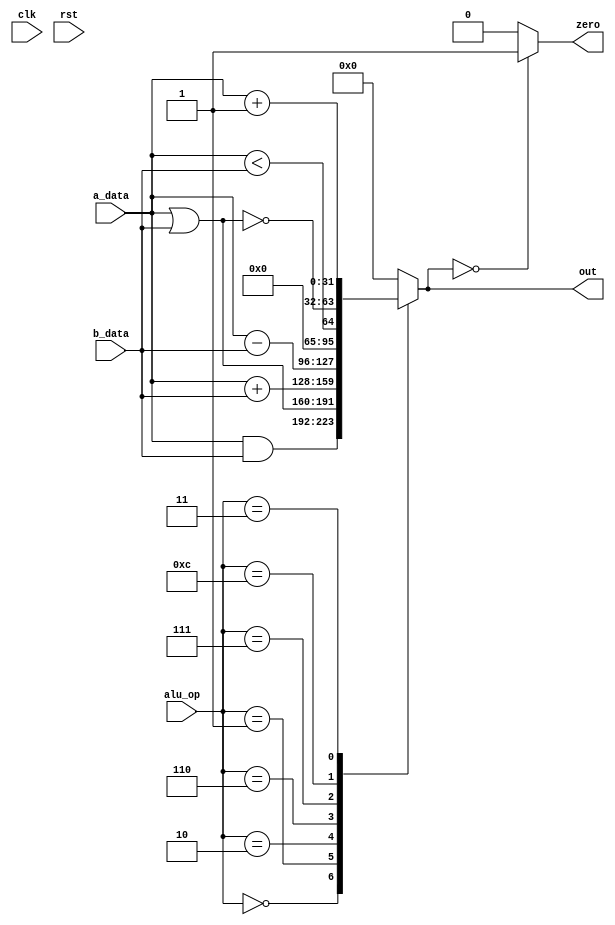
`timescale 1ns / 1ns

`define OP_AND   4'b0000
`define OP_OR    4'b0001
`define OP_ADD   4'b0010
`define OP_SUB   4'b0110
`define OP_SLT   4'b0111
`define OP_NOR   4'b1100
`define OP_ADDI  4'b0011

module Alu(
	input wire [31:0] a_data,
	input wire [31:0] b_data,

	input wire [3:0] alu_op,

	output reg [31:0] out,
    output reg zero, //flag
    
    
	input wire clk,
	input wire rst
);
	
//	wire signed [31:0] signed_a;
//	wire signed [31:0] signed_b;

//	assign signed_a = a_data;
//	assign signed_b = b_data;
	
	
	
	always @(*) begin
		#1;
		case (alu_op)
			`OP_AND:   out = a_data & b_data;
			`OP_OR:    out = a_data | b_data;
			`OP_ADD:   out = a_data + b_data;
			`OP_SUB:   out = a_data - b_data;
			`OP_SLT:   out = a_data < b_data;
			`OP_NOR:   out = ~(a_data | b_data);
			`OP_ADDI:  out = a_data + 1;
			 default:  out = 32'b0;
		endcase
		
		if (out == 32'b0) begin 
            zero <= 1'b1;
        end else begin
            zero <= 1'b0;
        end
	end
endmodule